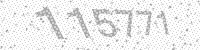
Solution: 115771